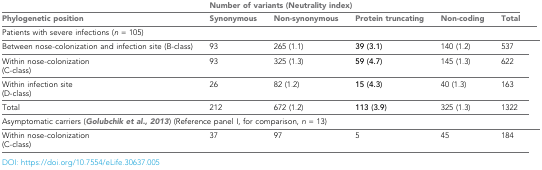
|  | <COLSPAN=5> Number of variants (Neutrality index) |
 | Phylogenetic position | Synonymous | Non-synonymous | Protein truncating | Non-coding | Total |
 | --- | --- | --- | --- | --- | --- |
 | <COLSPAN=7> Patients with severe infections (n = 105) |
 | Between nose-colonization and infection site (B-class) | 93 | 265 (1.1) | 39 (3.1) | 140 (1.2) | 537 |
 | Within nose-colonization (C-class) | 93 | 325 (1.3) | 59 (4.7) | 145 (1.3) | 622 |
 | Within infection site (D-class) | 26 | 82 (1.2) | 15 (4.3) | 40 (1.3) | 163 |
 | Total | 212 | 672 (1.2) | 113 (3.9) | 325 (1.3) | 1322 |
 | <COLSPAN=7> Asymptomatic carriers (Golubchik et al., 2013) (Reference panel I, for comparison, n = 13) |
 | Within nose-colonization (C-class) | 37 | 97 | 5 | 45 | 184 |